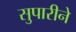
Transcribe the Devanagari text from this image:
सुपारीने